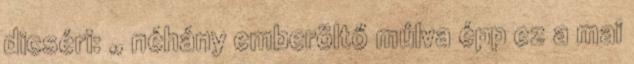
dicséri: „ néhány emberöltő múlva épp ez a mai